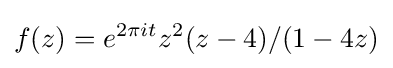
f(z)=e^{2\pi it}z^{2}(z-4)/(1-4z)